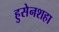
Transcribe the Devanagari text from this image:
हुसेनशहा